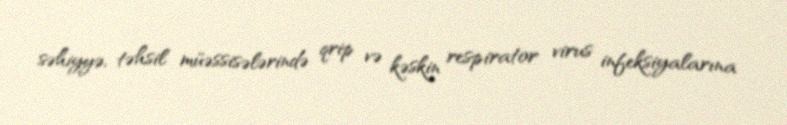
səhiyyə, təhsil müəssisələrində qrip və kəskin respirator virus infeksiyalarına